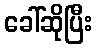
ခေါ်ဆိုပြီး